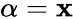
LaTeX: \alpha=\mathbf{x}